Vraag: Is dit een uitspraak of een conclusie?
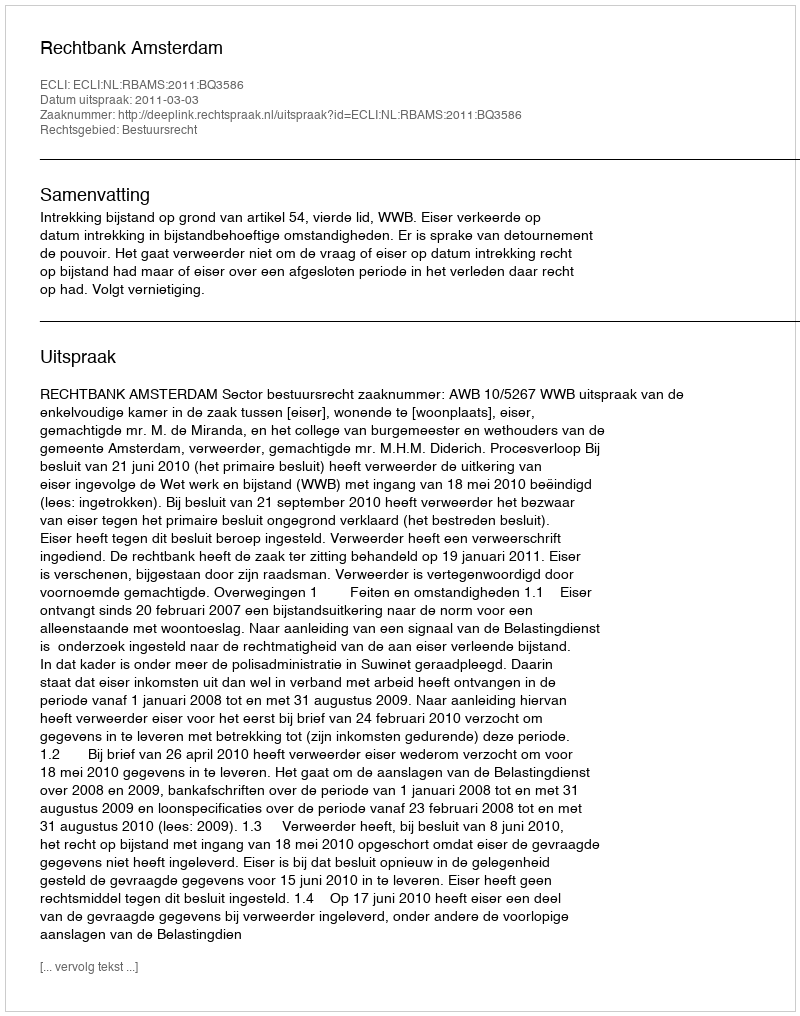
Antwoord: Uitspraak